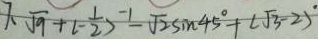
7 . \sqrt { 9 } + ( - \frac { 1 } { 2 } ) ^ { - 1 } - \sqrt { 2 } \sin 4 5 ^ { \circ } + ( \sqrt { 3 } - 2 ) ^ { \circ }